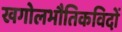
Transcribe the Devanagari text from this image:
खगोलभौतिकविदों